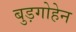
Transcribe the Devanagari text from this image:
बुड़गोहेन